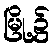
မြို့၌